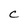
Character: C